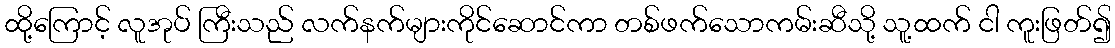
ထို့ကြောင့် လူအုပ် ကြီးသည် လက်နက်များကိုင်ဆောင်ကာ တစ်ဖက်သောကမ်းဆီသို့ သူ့ထက် ငါ ကူးဖြတ်၍